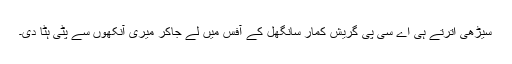
سیڑھی اترتے ہی اے سی پی گریش کمار سانگھل کے آفس میں لے جاکر میری آنکھوں سے پٹی ہٹا دی۔